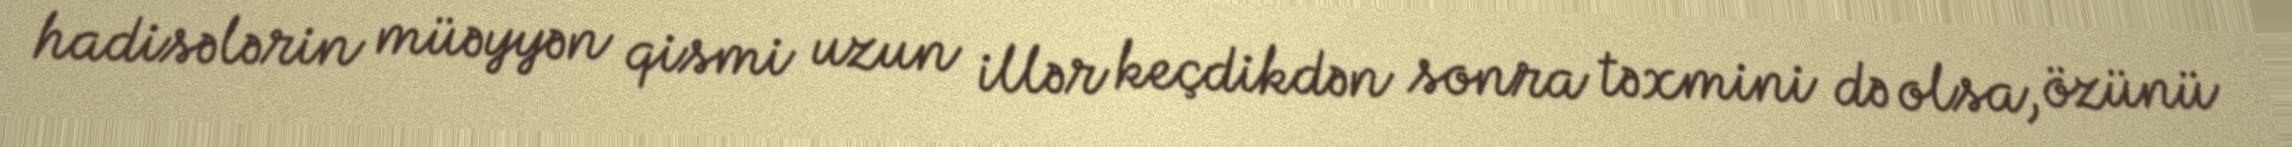
hadisələrin müəyyən qismi uzun illər keçdikdən sonra təxmini də olsa, özünü